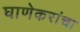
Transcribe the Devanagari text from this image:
घाणेकरांचा